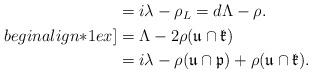
LaTeX: \begin{align*}\begin{aligned} &= i\lambda - \rho_L = d\Lambda -\rho.\\begin{align*}1ex] &= \Lambda - 2\rho({\mathfrak u}\cap {\mathfrak k}) \\ &= i\lambda - \rho({\mathfrak u}\cap {\mathfrak p}) + \rho({\mathfrak u}\cap {\mathfrak k}). \end{aligned} \end{align*}